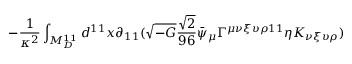
- \frac { 1 } { \kappa ^ { 2 } } \int _ { M _ { D } ^ { 1 1 } } d ^ { 1 1 } x \partial _ { 1 1 } ( \sqrt { - G } \frac { \sqrt { 2 } } { 9 6 } \bar { \psi } _ { \mu } \Gamma ^ { \mu \nu \xi \upsilon \rho 1 1 } \eta K _ { \nu \xi \upsilon \rho } )